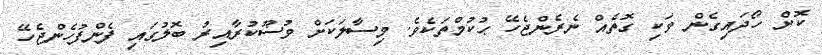
ކޮށް ހޯދައިގެން ވަކި ގޮތެއް ނެރެންޖެހޭ ޙުކުމްތަކެވެ. މިސާލަކަށް ވުޟޫކުރާއިރު ބޮލުގައި ފެންފުހެންޖެހޭ